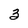
Character: 3